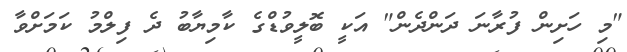
"މި ހަށިން ފުރާނަ ދަންދެން" އަކީ ބޮލީވުޑްގެ ކާމިޔާބު ދެ ފިލްމު ކަމަށްވާ